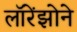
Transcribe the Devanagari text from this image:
लॉरेंझोने